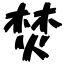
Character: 焚